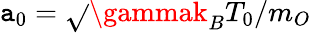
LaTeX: \mathtt{a}_{0}=\sqrt{}{{\gammak_{B}T_{0}/m_{O}}}